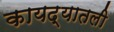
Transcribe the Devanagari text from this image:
कायद्यातली